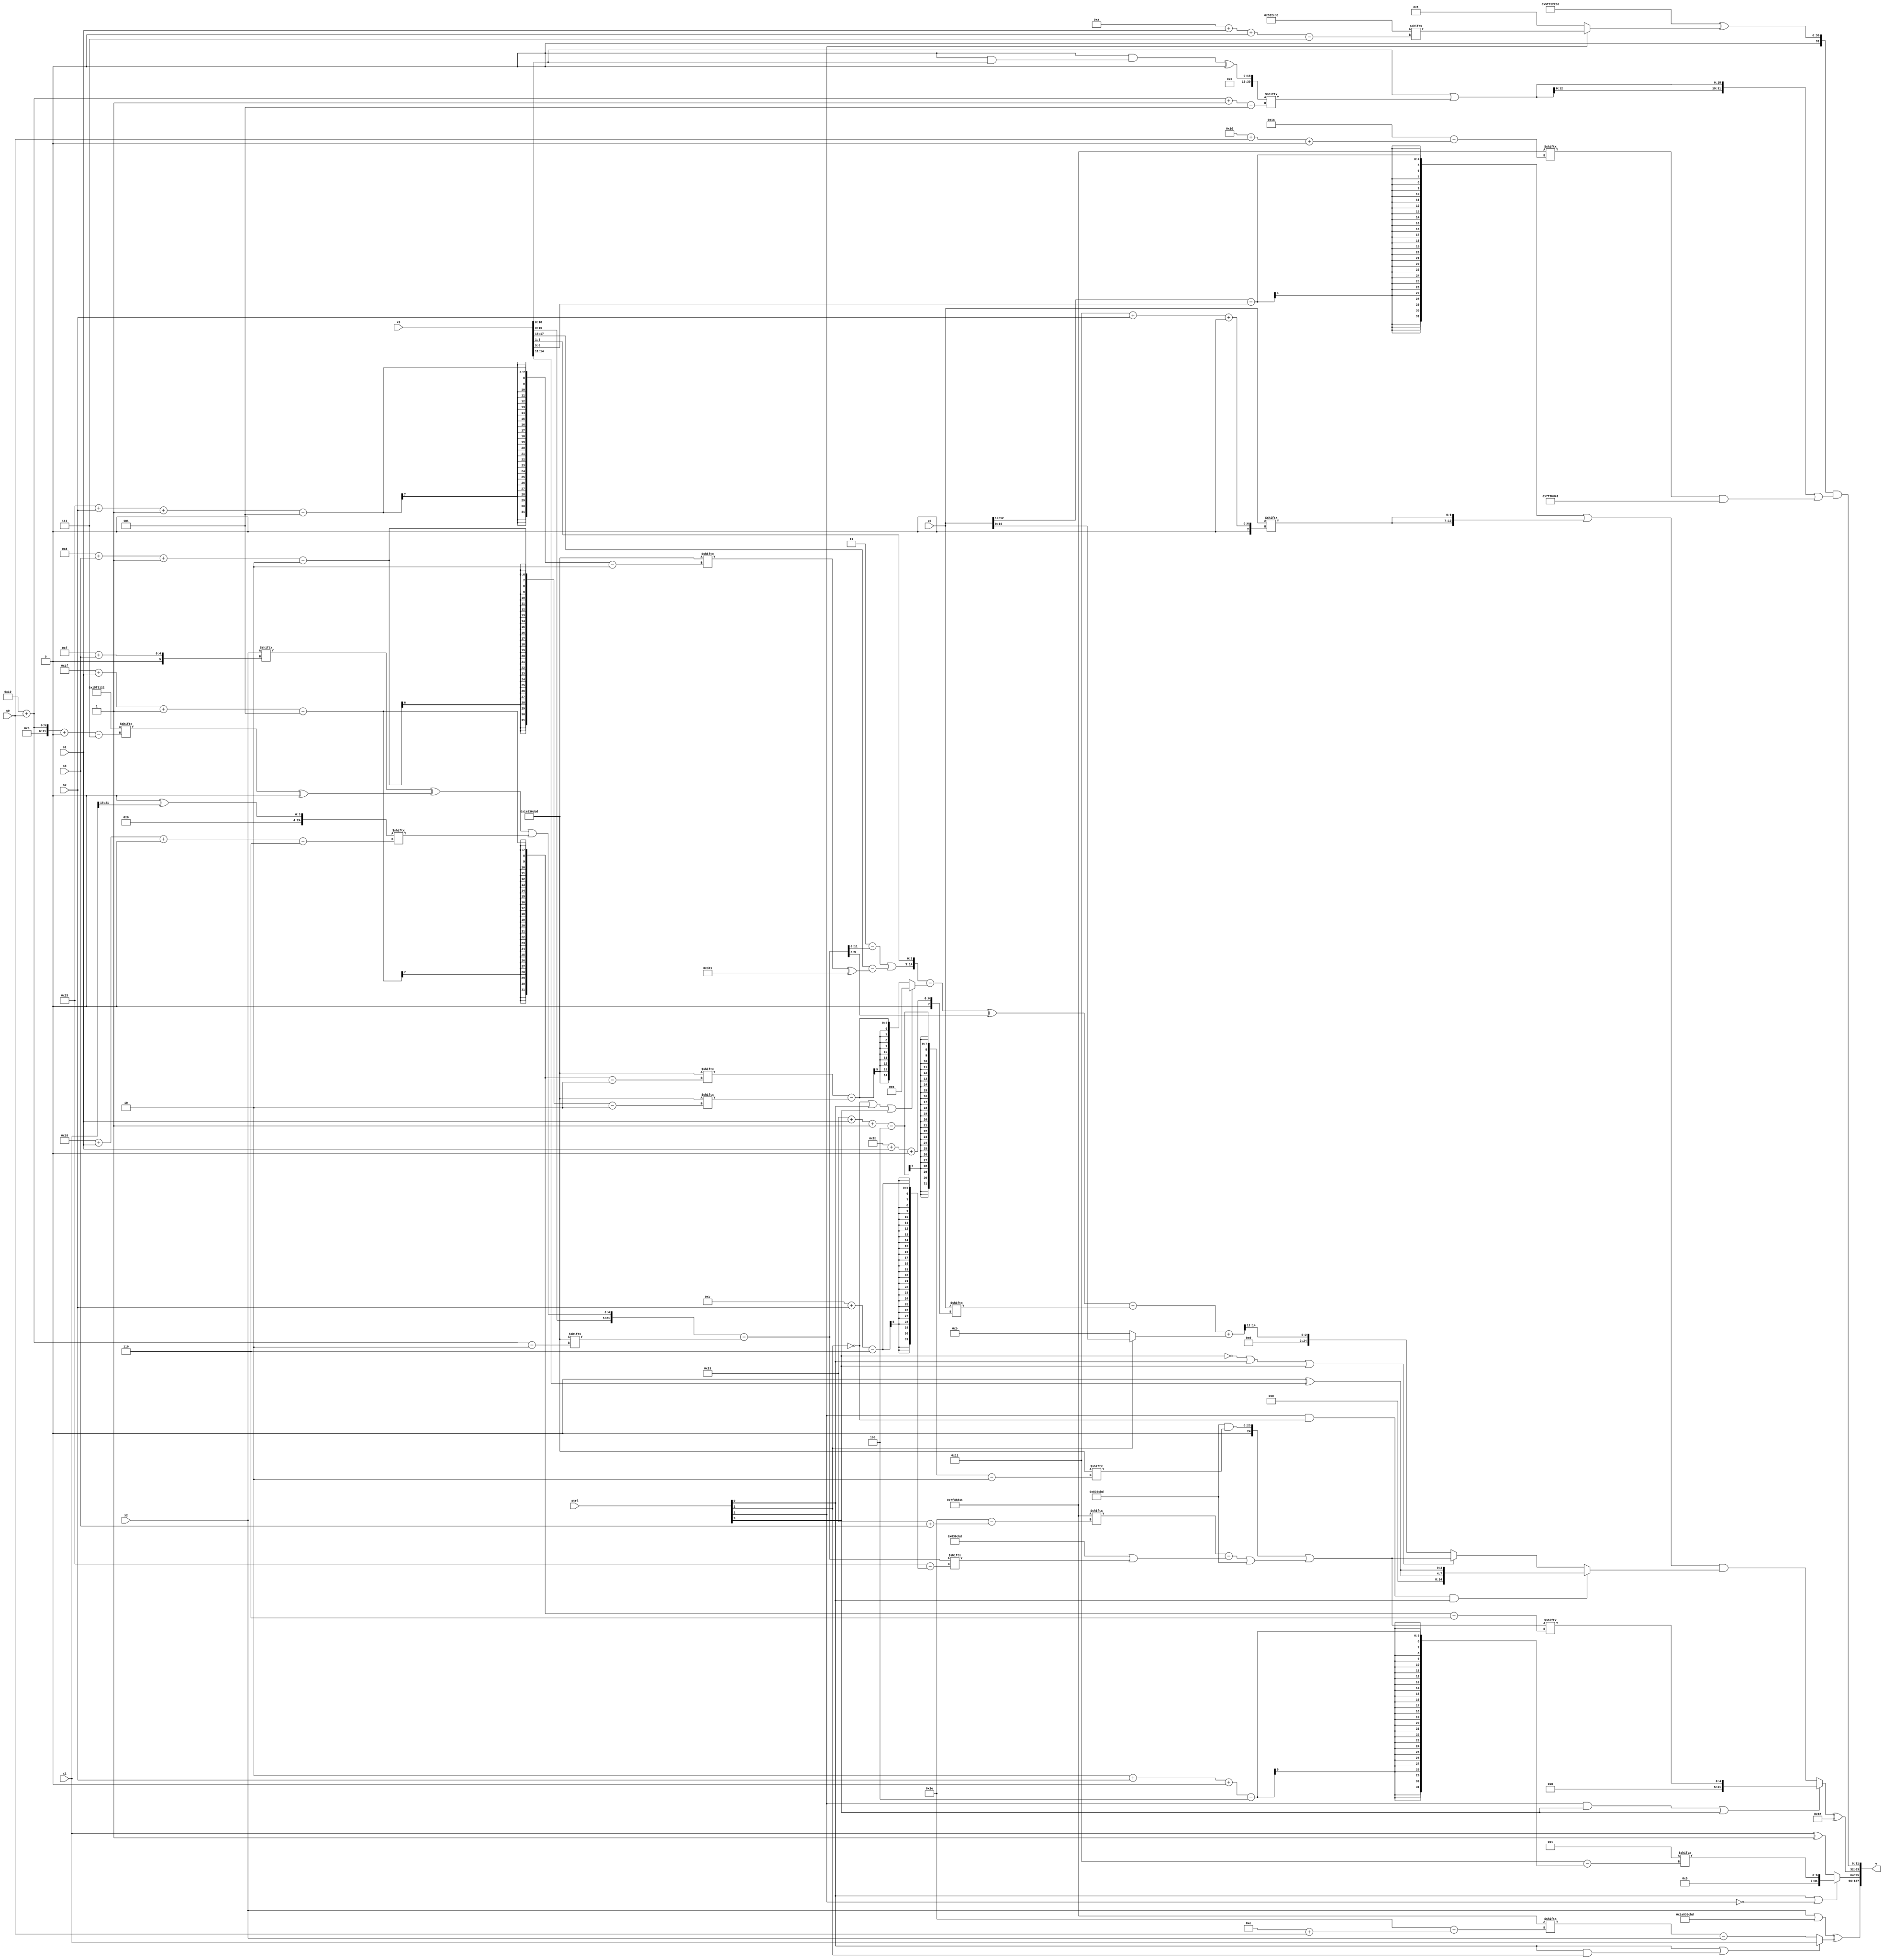
module partsel_00823(ctrl, s0, s1, s2, s3, x0, x1, x2, x3, y);
  input [3:0] ctrl;
  input [2:0] s0;
  input [2:0] s1;
  input [2:0] s2;
  input [2:0] s3;
  input signed [31:0] x0;
  input signed [31:0] x1;
  input [31:0] x2;
  input signed [31:0] x3;
  wire [4:27] x4;
  wire signed [30:6] x5;
  wire signed [4:26] x6;
  wire signed [31:7] x7;
  wire signed [25:6] x8;
  wire [6:24] x9;
  wire signed [6:27] x10;
  wire signed [30:0] x11;
  wire [26:5] x12;
  wire [27:1] x13;
  wire [0:25] x14;
  wire signed [30:6] x15;
  output [127:0] y;
  wire [31:0] y0;
  wire [31:0] y1;
  wire signed [31:0] y2;
  wire [31:0] y3;
  assign y = {y0,y1,y2,y3};
  localparam [31:7] p0 = 90124578;
  localparam [29:7] p1 = 273820886;
  localparam [31:2] p2 = 444820669;
  localparam signed [0:30] p3 = 133414209;
  assign x4 = p1[11 +: 2];
  assign x5 = (x4[8 +: 3] ^ x1[21 -: 4]);
  assign x6 = (x0[13] + x0[5 + s3 -: 5]);
  assign x7 = ({2{{{(p0[15 + s2 +: 8] & p3), x3}, ((x2[15 + s3] ^ (p0[16 + s0 +: 3] ^ p0[14])) | x5[24 + s1 +: 5])}}} - p2[16 + s0]);
  assign x8 = p1[18 -: 1];
  assign x9 = x3;
  assign x10 = x7;
  assign x11 = (((p1[23 -: 4] - x4) & (x8[17 -: 3] & x9)) ^ {2{p0[18 -: 1]}});
  assign x12 = (((({((p2[15 +: 2] - x10) | (x3[17 -: 2] - (p2[21 + s2 -: 5] ^ p3))), x9[23 -: 3]} - (!ctrl[2] || ctrl[0] || ctrl[3] ? p0[21 -: 4] : (p2[31 + s1 -: 5] - p2[8 + s3 -: 2]))) ^ x10[21 -: 4]) - x0[27 + s1 +: 2]) + (!ctrl[3] && ctrl[3] || ctrl[2] ? x0 : p2[12 +: 4]));
  assign x13 = p1;
  assign x14 = ((p2[25 + s1 +: 2] + (x8 + p0[21 -: 4])) + {2{x13[14 +: 3]}});
  assign x15 = {(ctrl[3] || !ctrl[3] && !ctrl[0] ? p3[11 +: 4] : x5[15 -: 2]), ({p1[17 -: 1], (p2 & p2[19 + s1 -: 4])} | {p2[10 + s0], ((p3[19 + s3] - ((p2 - x11[23 -: 4]) | x10[11 + s2])) | {2{p2}})})};
  assign y0 = (({2{{2{x2}}}} | p2) ^ (ctrl[0] || ctrl[0] && ctrl[2] ? {{2{(ctrl[1] && !ctrl[1] && ctrl[3] ? x12 : (x8[18 + s0 -: 7] & p2))}}, x1} : {2{(p3[14 + s0] - x2)}}));
  assign y1 = (ctrl[0] || !ctrl[1] && !ctrl[1] ? x4[2 + s2 +: 7] : (x1 ^ p3[13 -: 3]));
  assign y2 = ((ctrl[1] && ctrl[3] || ctrl[3] ? x15[31 + s1 -: 5] : (((x0[10 +: 3] - x9[16 +: 4]) | {2{x0[17 + s2 +: 7]}}) & (ctrl[1] && !ctrl[2] && ctrl[0] ? {2{(p2[8 +: 1] ^ x3[14 -: 4])}} : (!ctrl[3] || ctrl[0] || ctrl[3] ? x15 : x12[19 -: 3])))) ^ {2{p1[19 +: 3]}});
  assign y3 = (({{2{p0}}, {2{x8[13 -: 4]}}} ^ (ctrl[2] && !ctrl[2] || ctrl[1] ? p1[10 + s1 +: 7] : x4)) & ({2{(x9 | x11[16 + s0 -: 5])}} | (p3[29 + s0 +: 5] & p3)));
endmodule